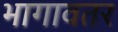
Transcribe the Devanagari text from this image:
भागावतर